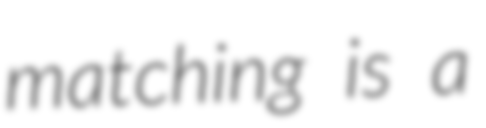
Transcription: matching is a